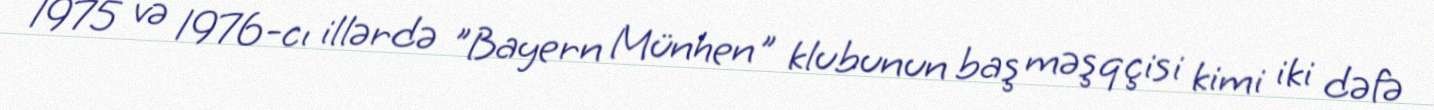
1975 və 1976-cı illərdə "Bayern Münhen" klubunun baş məşqçisi kimi iki dəfə